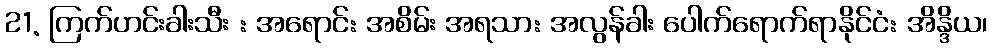
21. ကြက်ဟင်းခါးသီး : အရောင်: အစိမ်း အရသာ: အလွန်ခါး ပေါက်ရောက်ရာနိုင်ငံ: အိန္ဒိယ၊